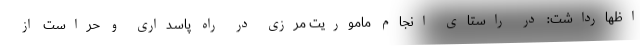
اظهارداشت: در راستای انجام ماموریت مرزی در راه پاسداری و حراست از